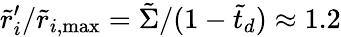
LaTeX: \tilde{r}_{i}^{\prime}/\tilde{r}_{i,\mathrm{{max}}}=\tilde{\Sigma}/(1-\tilde{t}_{d})\approx 1.2